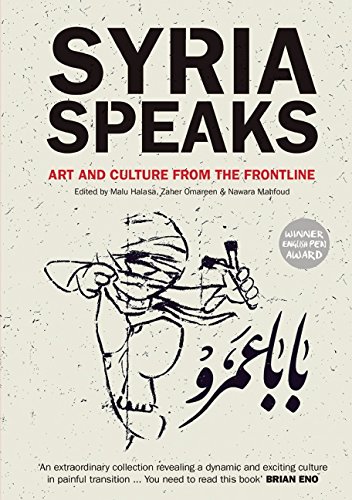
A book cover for Syria Speaks: Art and Culture from the Frontline; Literature & Fiction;